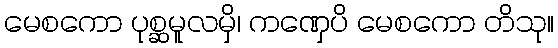
မေစကော ပုစ္ဆမူလမှိ၊ ကဏှေပိ မေစကော တိသု။